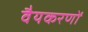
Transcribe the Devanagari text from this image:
वैयकरणों